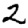
Digit: 2